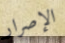
الإصرار